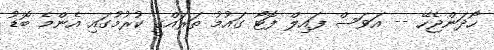
ހޯދަންޖެހޭ -- އަވަސް ފައިލް ފޮޓޯ ގައުމު ތަރައްގީ ކުރުމުގައި އެންމެ ބޮޑު